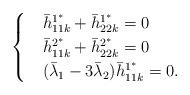
LaTeX: \begin{align*}\begin{cases}&\bar h^{1^*}_{11k}+\bar h^{1^*}_{22k}=0\\&\bar h^{2^*}_{11k}+\bar h^{2^*}_{22k}=0\\&(\bar \lambda_1-3\bar \lambda_2)\bar h^{1^*}_{11k}=0.\end{cases}\end{align*}